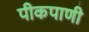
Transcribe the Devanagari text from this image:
पीकपाणी